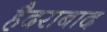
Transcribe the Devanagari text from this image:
हैैदराबाद